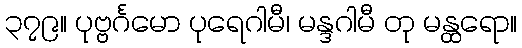
၃၇၉။ ပုဗ္ဗင်္ဂမော ပုရေဂါမီ၊ မန္ဒဂါမီ တု မန္ထရော။